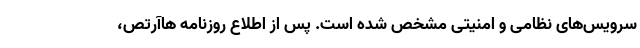
سرویس‌های نظامی و امنیتی مشخص شده است. پس از اطلاع روزنامه هاآرتص،